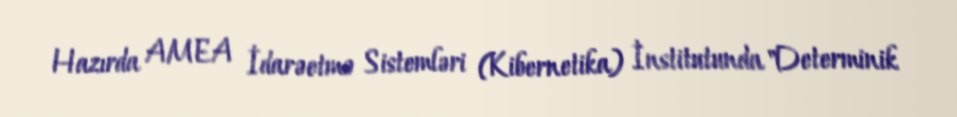
Hazırda AMEA İdarəetmə Sistemləri (Kibernetika) İnstitutunda "Determinik